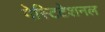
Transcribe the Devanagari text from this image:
गेस्टिटेशनल